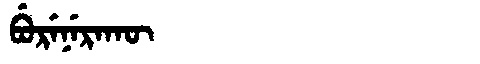
Manchu: ᠪᡠᡵᡝᠨᡝᡵᠠᡴᡡ
Romanization: BURENERAKŪ